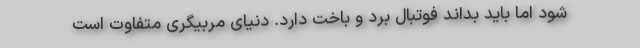
شود اما باید بداند فوتبال برد و باخت دارد. دنیای مربیگری متفاوت است